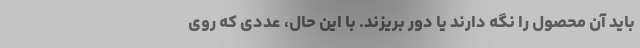
باید آن محصول را نگه‌ دارند یا دور بریزند. با این حال، عددی که روی